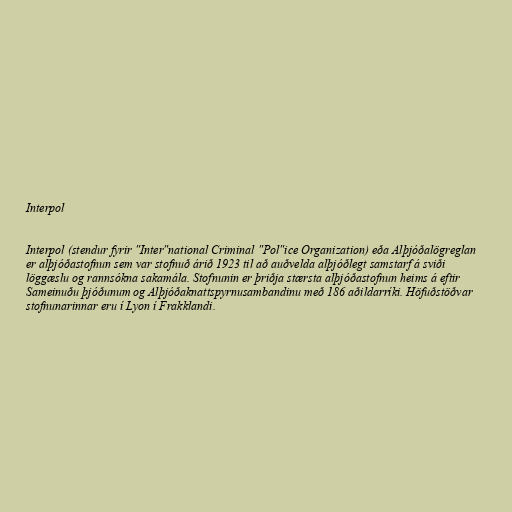
Interpol

Interpol (stendur fyrir "Inter"national Criminal "Pol"ice Organization) eða Alþjóðalögreglan
er alþjóðastofnun sem var stofnuð árið 1923 til að auðvelda alþjóðlegt samstarf á sviði
löggæslu og rannsókna sakamála. Stofnunin er þriðja stærsta alþjóðastofnun heims á eftir
Sameinuðu þjóðunum og Alþjóðaknattspyrnusambandinu með 186 aðildarríki. Höfuðstöðvar
stofnunarinnar eru í Lyon í Frakklandi.